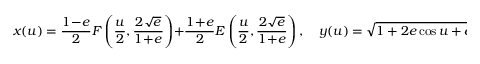
x ( u ) = \frac { 1 \! - \! e } 2 F \left( \frac u 2 , \frac { 2 \sqrt e } { 1 \! + \! e } \right) + \frac { 1 \! + \! e } 2 E \left( \frac u 2 , \frac { 2 \sqrt e } { 1 \! + \! e } \right) , \quad y ( u ) = \sqrt { 1 + 2 e \cos u + e ^ { 2 } } \big / 2 , \quad u \in [ 0 , 2 \pi ] ,